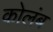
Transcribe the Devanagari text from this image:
कोलंब